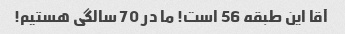
آقا این طبقه 56 است! ما در 70 سالگی هستیم!